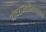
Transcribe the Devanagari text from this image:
यौवराज्याभिषेकास